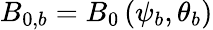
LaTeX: B_{0,b}=B_{0}\left(\psi_{b},\theta_{b}\right)